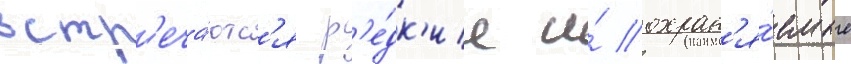
встр'еча́ютс'я р'е́дк'ие и́ охран'я́емые